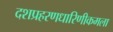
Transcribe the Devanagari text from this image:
दशप्रहरणधारिणीकमला